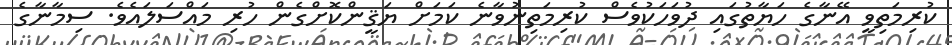
ކުރިމަތިވީ އޭނާގެ ހަޔާތުގައި ދުވަހަކުވެސް ކުރިމަތިނުވާނެ ކަމަށް ޔަޤީންކޮށްގެން ހުރި މައްސަލައެވެ. ސިމާނާގެ